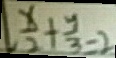
\frac { x } { 2 } + \frac { y } { 3 } = 2